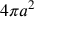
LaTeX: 4 \pi a ^ { 2 }